Civil Veterinary Department Bihar & Orissa reports 1911-21 - 1911-1921
Year: 1911
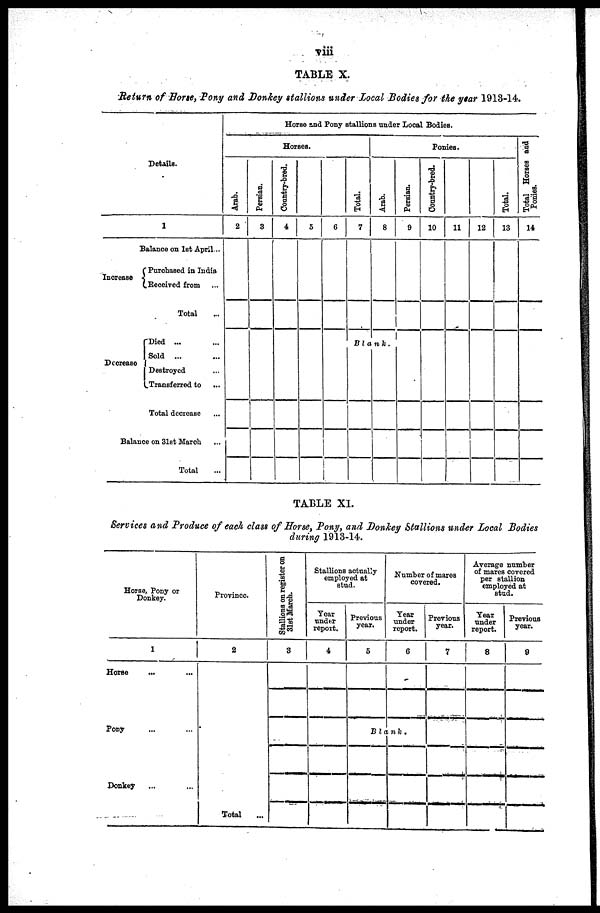
vii.
TABLE X.
Return of Horse, Pony and Donkey stallions under Local Bodies for the year 1913-14.
Details.
1
Balance on 1st April...
Increase
Purchased in India
Receired from ...
Total ...
Decrease
Died ... ...
Sold
... ...
Destroyed ...
Transferred to ...
Total decrease ...
Balance on 3lst March ...
Total ...
Horse and Pony stallions under Local Bodies.
Horses.
Arab.
2
Persian.
3
Country-bred.
4
5
6
Total.
7
Ponies.
Arab.
8
Blank.
Persian.
9
Country-bred.
10
11
12
Total.
13
Total Howes and
Ponies.
14
TABLE XI.
Services and Produce of each class of Horse, Pony, and Donkey Stallions under Local Bodies
during 1913-14.
Horse, Pony or
Donkey.
1
Horse ... ...
Pony ... ...
Donkey ... ...
Province.
2
Total ...
Stallions on register on
31st March.
3
Stallions actually
employed at
stud.
Year
under
report.
4
Previous
year.
5
Number of mares
covered.
Year
under
report.
6
Blank.
Previous
year.
7
Average number
of mares covered
per stallion
employed at
stud.
Year
under
report.
8
Previous
year.
9